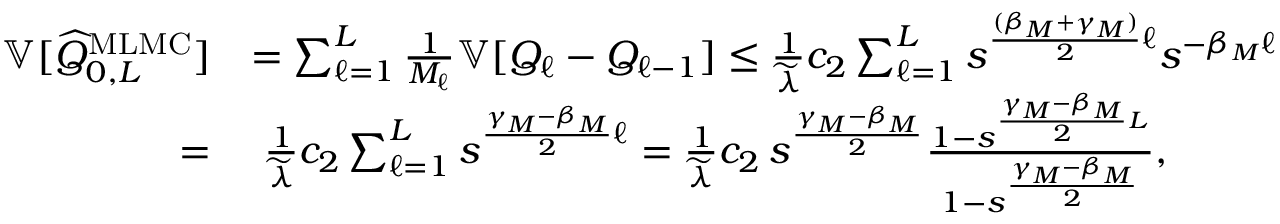
\begin{array} { r l } { \ { \mathbb { V } } [ \widehat { Q } _ { 0 , L } ^ { \mathrm { M L M C } } ] } & { = \sum _ { \ell = 1 } ^ { L } \frac { 1 } { M _ { \ell } } { \mathbb { V } } [ Q _ { \ell } - Q _ { \ell - 1 } ] \leq \frac { 1 } { \widetilde { \lambda } } c _ { 2 } \sum _ { \ell = 1 } ^ { L } s ^ { \frac { ( \beta _ { M } + \gamma _ { M } ) } { 2 } \ell } s ^ { - \beta _ { M } \ell } } \\ { = } & { \ \frac { 1 } { \widetilde { \lambda } } c _ { 2 } \sum _ { \ell = 1 } ^ { L } s ^ { \frac { \gamma _ { M } - \beta _ { M } } { 2 } \ell } = \frac { 1 } { \widetilde { \lambda } } c _ { 2 } \, s ^ { \frac { \gamma _ { M } - \beta _ { M } } { 2 } } \frac { 1 - s ^ { \frac { \gamma _ { M } - \beta _ { M } } { 2 } L } } { 1 - s ^ { \frac { \gamma _ { M } - \beta _ { M } } { 2 } } } , } \end{array}